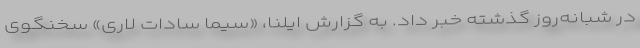
در شبانه‌روز گذشته خبر داد. به گزارش ایلنا، «سیما سادات لاری» سخنگوی